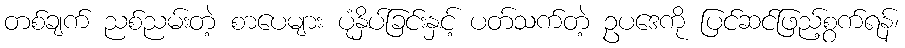
တစ်ချက် ညစ်ညမ်းတဲ့ စာပေများ ပုံနှိပ်ခြင်းနှင့် ပတ်သက်တဲ့ ဥပဒေကို ပြင်ဆင်ဖြည့်စွက်ရန်၊